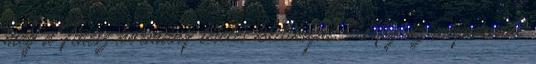
meg a Fidesz kormány tételes kritikáját. Még az anyamvadt